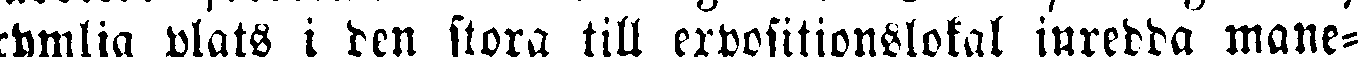
rymlig plats i den stora till expositionslokal inredda mane-